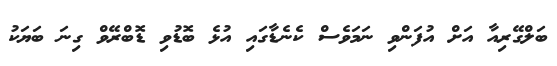
ބަލްގޭރިއާ އަށް އުފަންވި ނަމަވެސް ކެނެޑާގައި އުޅެ ބޮޑުވި ޑޮބްރޭވް ގިނަ ބަޔަކު